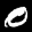
Label: 0